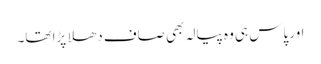
اور پاس ہی وہ پیالہ بھی صاف دھلا پڑا تھا۔